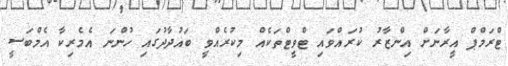
ޓްރަމްޕް އީރާނަށް އިންޒާރު ކުރައްވައި ޓްވީޓްތަކެއް މިކުރެއްވީ ބަޣުދާދުގައި ހުންނަ އެމެރިކާ އެމްބަސީ